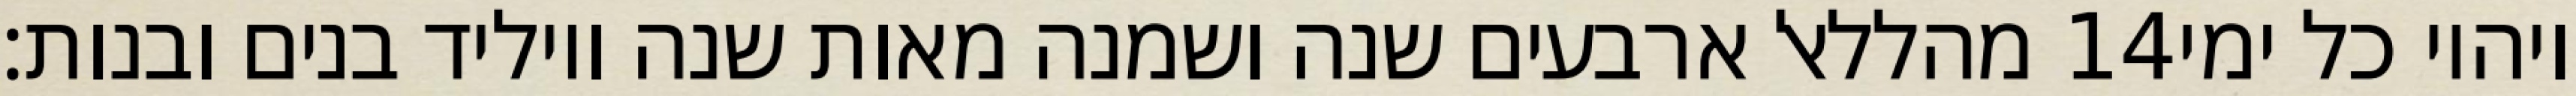
מהללאל ארבעים שנה ושמנה מאות שנה ויוליד בנים ובנות׃ ‎14‏ ויהיו כל ימי